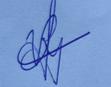
Signature authenticity: genuine